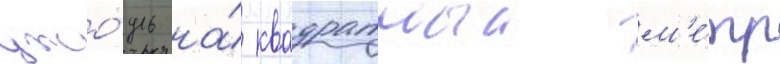
джо́уль на́ квадратныи м'е́тр